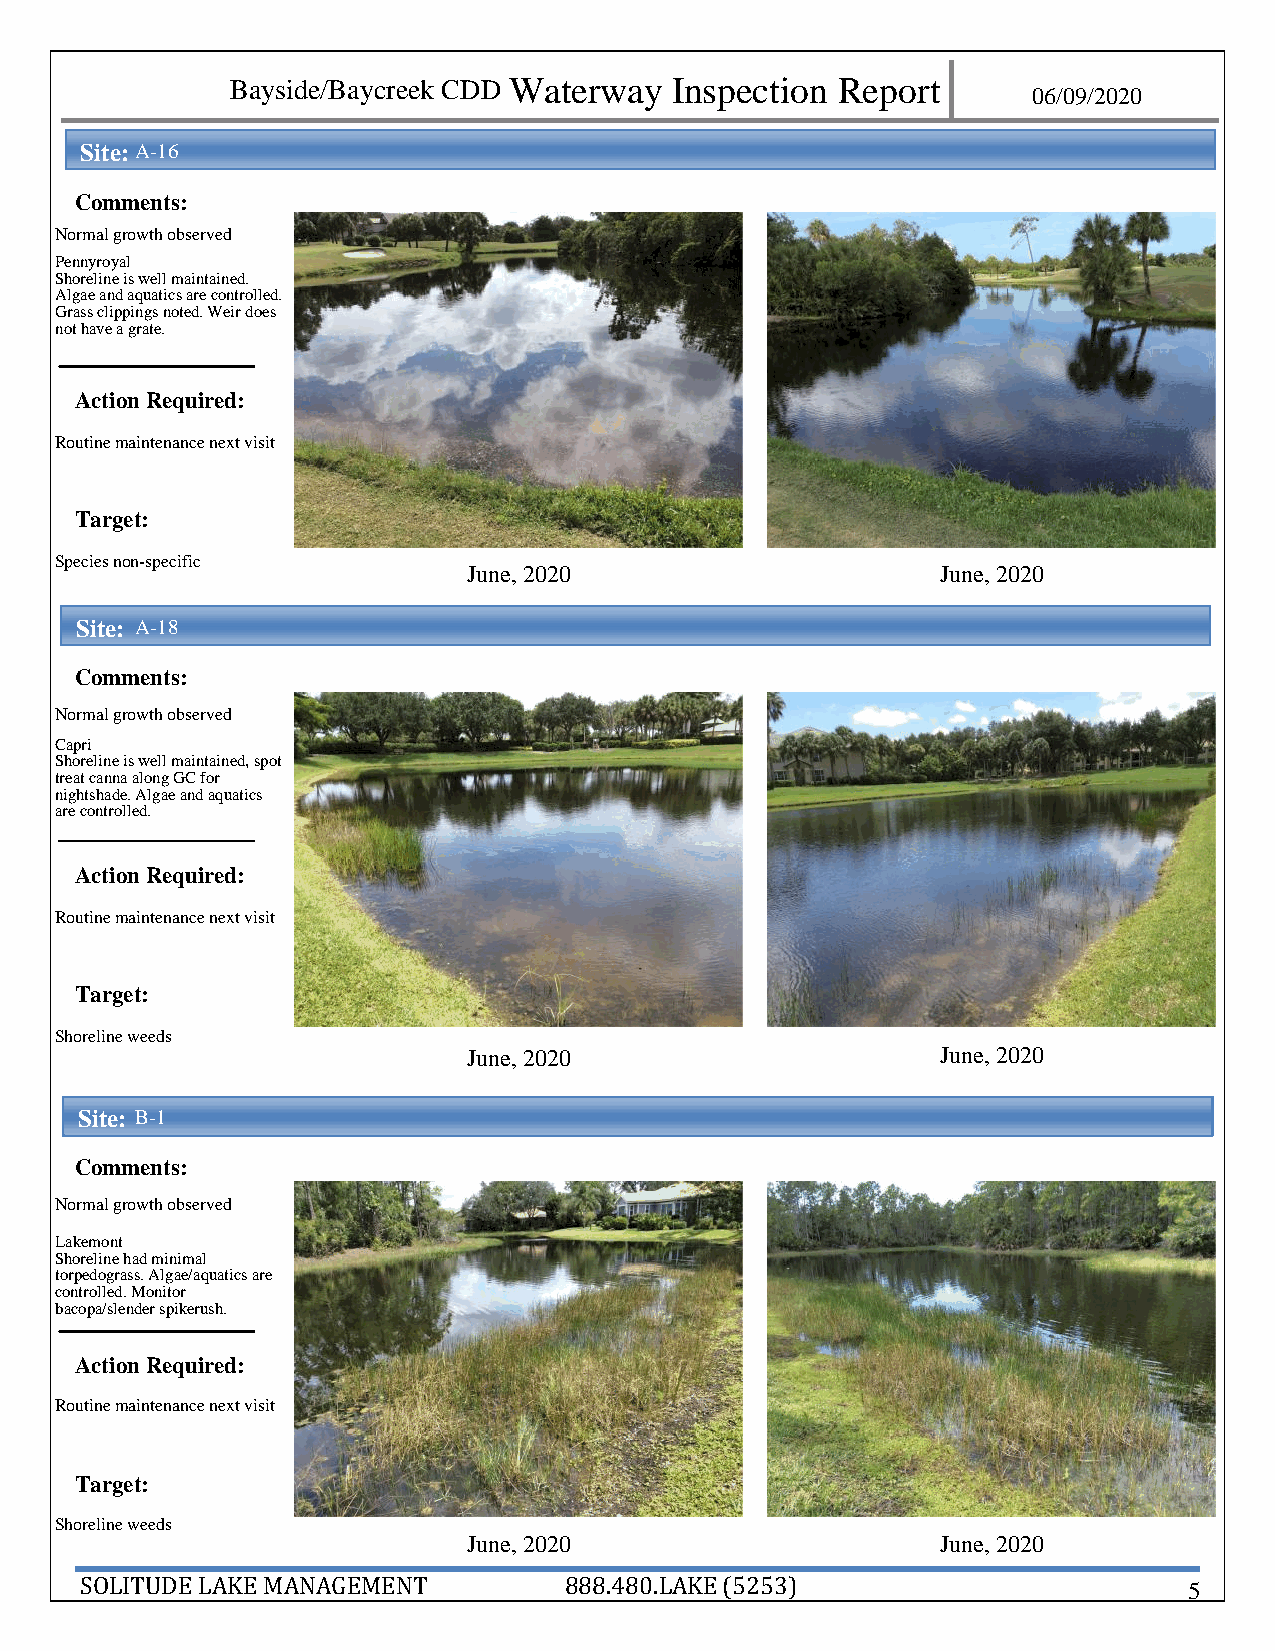
Bayside/Baycreek CDD Waterway Inspection Report
 06/09 /2020
 Site: A - 1 6
 Comments:
 No rmal growth observed
 Pennyroyal
 Sho reline is well maintained.
 Algae and aquatics are controlled.
 Grass clippings noted. Weir does
 not have a grate.
 Action Required:
 Ro utine maintenance next visit
 Target:
 Spe cies non-specific
 June, 2020                     June, 2020
 Site: A - 18
 Comments:
 No rmal growth observed
 Capri
 Shoreline is well maintained, spot
 treat canna along GC for
 nig htshade. Algae and aquatics
 are controlled.
 Action Required:
 Ro utine maintenance next visit
 Target:
 Sho reline weeds
 June, 2020                     June, 2020
 Site: B- 1
 Comments:
 No rmal growth observed
 Lak emont
 Shoreline had minimal
 torpedograss. Algae/aquatics are
 controlled. Monitor
 bacopa/slender spikerush.
 Action Required:
 Ro utine maintenance next visit
 Target:
 Sho reline weeds
 June, 2020                     June, 2020
 SOLITUDE LAKE MANAGEMENT        888.480.LAKE (5253)                       5